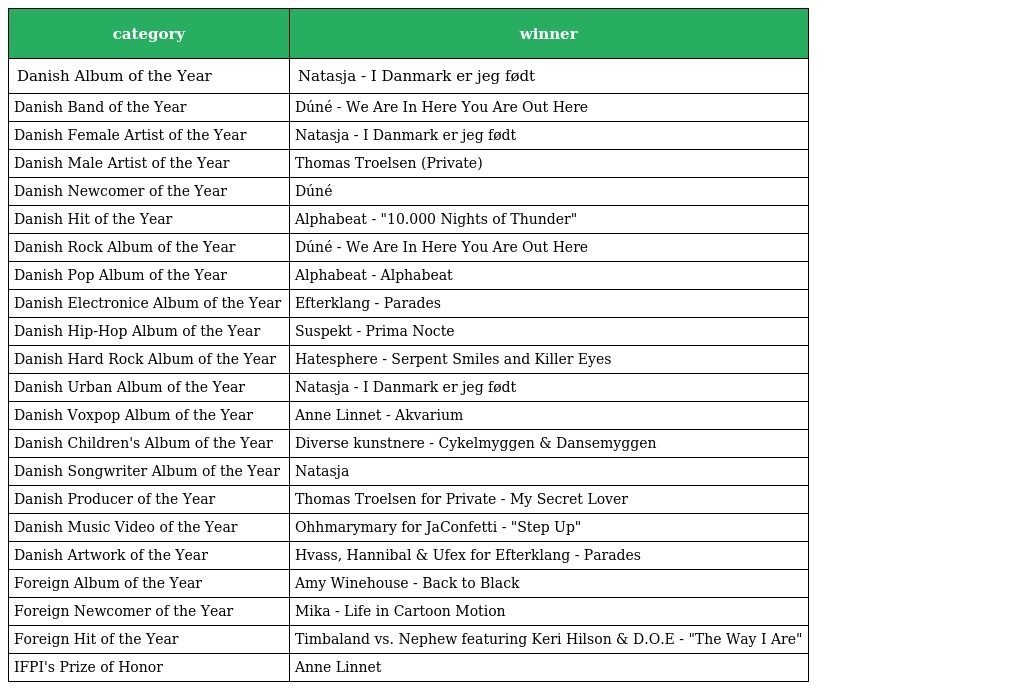
| category | winner |
 | --- | --- |
 | Danish Album of the Year | Natasja - I Danmark er jeg født |
 | Danish Band of the Year | Dúné - We Are In Here You Are Out Here |
 | Danish Female Artist of the Year | Natasja - I Danmark er jeg født |
 | Danish Male Artist of the Year | Thomas Troelsen (Private) |
 | Danish Newcomer of the Year | Dúné |
 | Danish Hit of the Year | Alphabeat - "10.000 Nights of Thunder" |
 | Danish Rock Album of the Year | Dúné - We Are In Here You Are Out Here |
 | Danish Pop Album of the Year | Alphabeat - Alphabeat |
 | Danish Electronice Album of the Year | Efterklang - Parades |
 | Danish Hip-Hop Album of the Year | Suspekt - Prima Nocte |
 | Danish Hard Rock Album of the Year | Hatesphere - Serpent Smiles and Killer Eyes |
 | Danish Urban Album of the Year | Natasja - I Danmark er jeg født |
 | Danish Voxpop Album of the Year | Anne Linnet - Akvarium |
 | Danish Children's Album of the Year | Diverse kunstnere - Cykelmyggen & Dansemyggen |
 | Danish Songwriter Album of the Year | Natasja |
 | Danish Producer of the Year | Thomas Troelsen for Private - My Secret Lover |
 | Danish Music Video of the Year | Ohhmarymary for JaConfetti - "Step Up" |
 | Danish Artwork of the Year | Hvass, Hannibal & Ufex for Efterklang - Parades |
 | Foreign Album of the Year | Amy Winehouse - Back to Black |
 | Foreign Newcomer of the Year | Mika - Life in Cartoon Motion |
 | Foreign Hit of the Year | Timbaland vs. Nephew featuring Keri Hilson & D.O.E - "The Way I Are" |
 | IFPI's Prize of Honor | Anne Linnet |